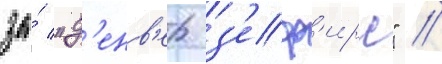
за́ "д'енв'ер з'еф'ирс" //